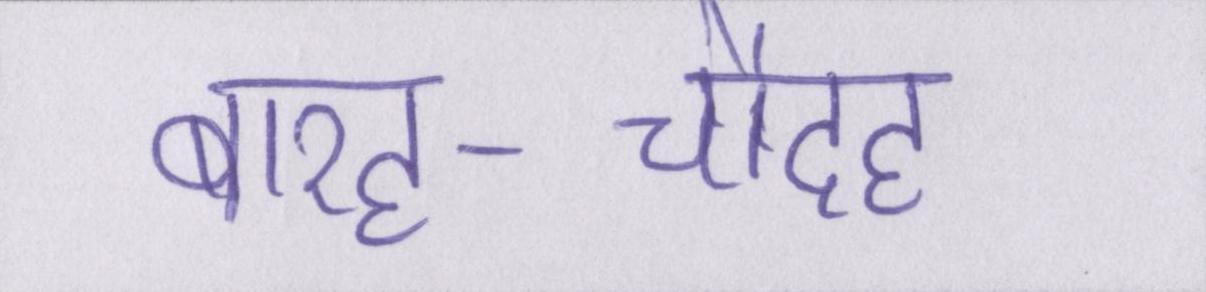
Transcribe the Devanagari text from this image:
बारह-चौदह